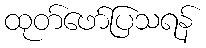
ထုတ်ဖော်ပြသရန်